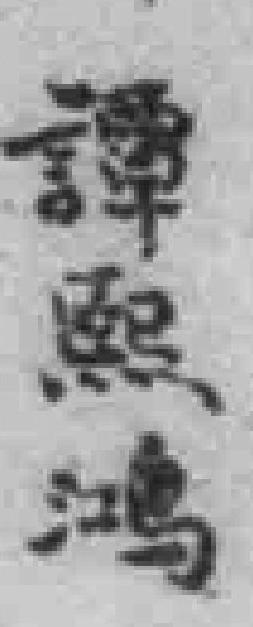
譚熙鸿